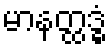
မာနတ္ထဒ္ဓံ